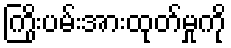
ကြိုးပမ်းအားထုတ်မှုကို